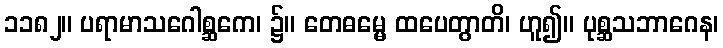
၁၁၈၂။ ပရာမာသဂေါစ္ဆကေ၊ ၌။ တေဓမ္မေ ထပေတွာတိ၊ ဟူ၍။ ပုစ္ဆသဘာဂေန၊